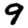
Digit: 9